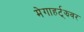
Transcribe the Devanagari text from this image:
मेगाहर्ट्‌झवर